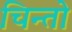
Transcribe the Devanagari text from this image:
चिन्तो